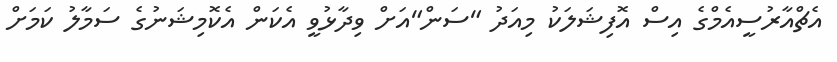
އެޗްއާރުސީއެމްގެ އިސް އޮފިޝަލަކު މިއަދު "ސަން"އަށް ވިދާޅުވީ އެކަން އެކޮމިޝަނުގެ ސަމާލު ކަމަށް